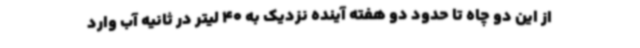
از این دو چاه تا حدود دو هفته آینده نزدیک به 40 لیتر در ثانیه آب وارد